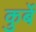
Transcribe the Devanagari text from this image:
कुर्बे